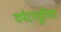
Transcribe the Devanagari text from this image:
चर्पटपञ्जरिका